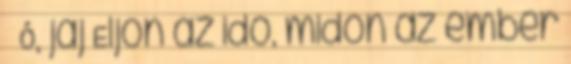
Ó, jaj Eljön az idő, midőn az ember